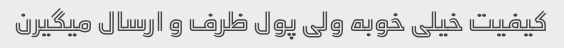
کیفیت خیلی خوبه ولی پول ظرف و ارسال میگیرن